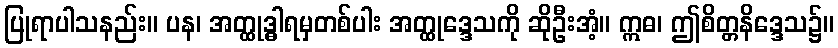
ပြုရာပါသနည်း။ ပန၊ အတ္ထုဒ္ဓါရမှတစ်ပါး အတ္ထုဒ္ဒေသကို ဆိုဦးအံ့။ ဣဓ၊ ဤစိတ္တနိဒ္ဒေသ၌။